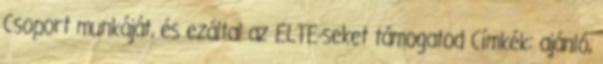
Csoport munkáját, és ezáltal az ELTE-seket támogatod Címkék: ajánló,